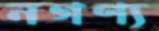
নগণ্য